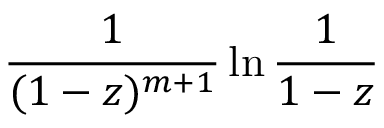
{ \frac { 1 } { ( 1 - z ) ^ { m + 1 } } } \ln { \frac { 1 } { 1 - z } }